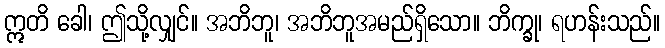
ဣတိ ခေါ၊ ဤသို့လျှင်။ အဘိဘူ၊ အဘိဘူအမည်ရှိသော။ ဘိက္ခု၊ ရဟန်းသည်။